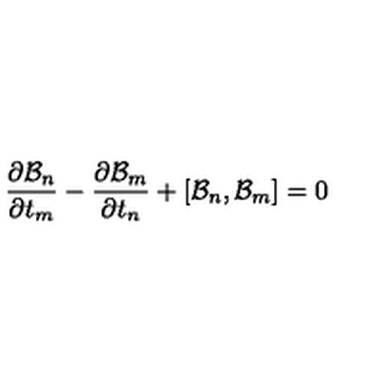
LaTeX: { \frac { \partial { \cal B } _ { n } } { \partial t _ { m } } } - { \frac { \partial { \cal B } _ { m } } { \partial t _ { n } } } + [ { \cal B } _ { n } , { \cal B } _ { m } ] = 0